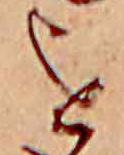
を